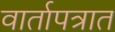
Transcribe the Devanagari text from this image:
वार्तापत्रात